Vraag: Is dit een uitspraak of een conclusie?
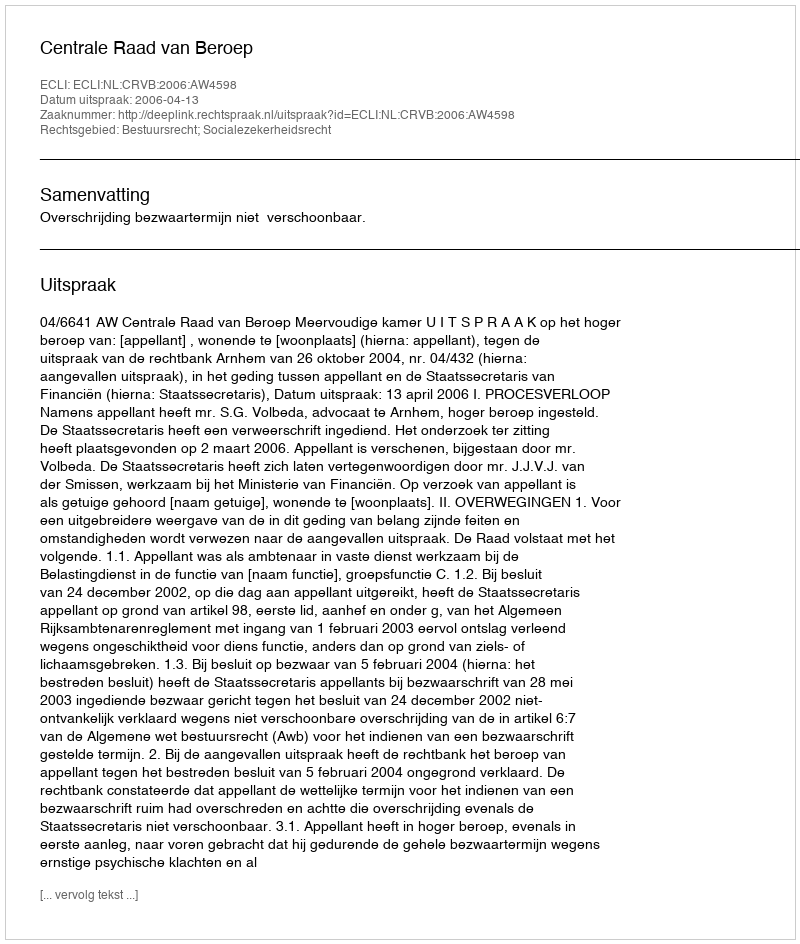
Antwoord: Uitspraak